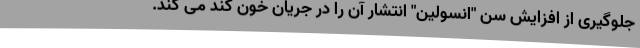
جلوگیری از افزایش سن "انسولین" انتشار آن را در جریان خون کند می کند.